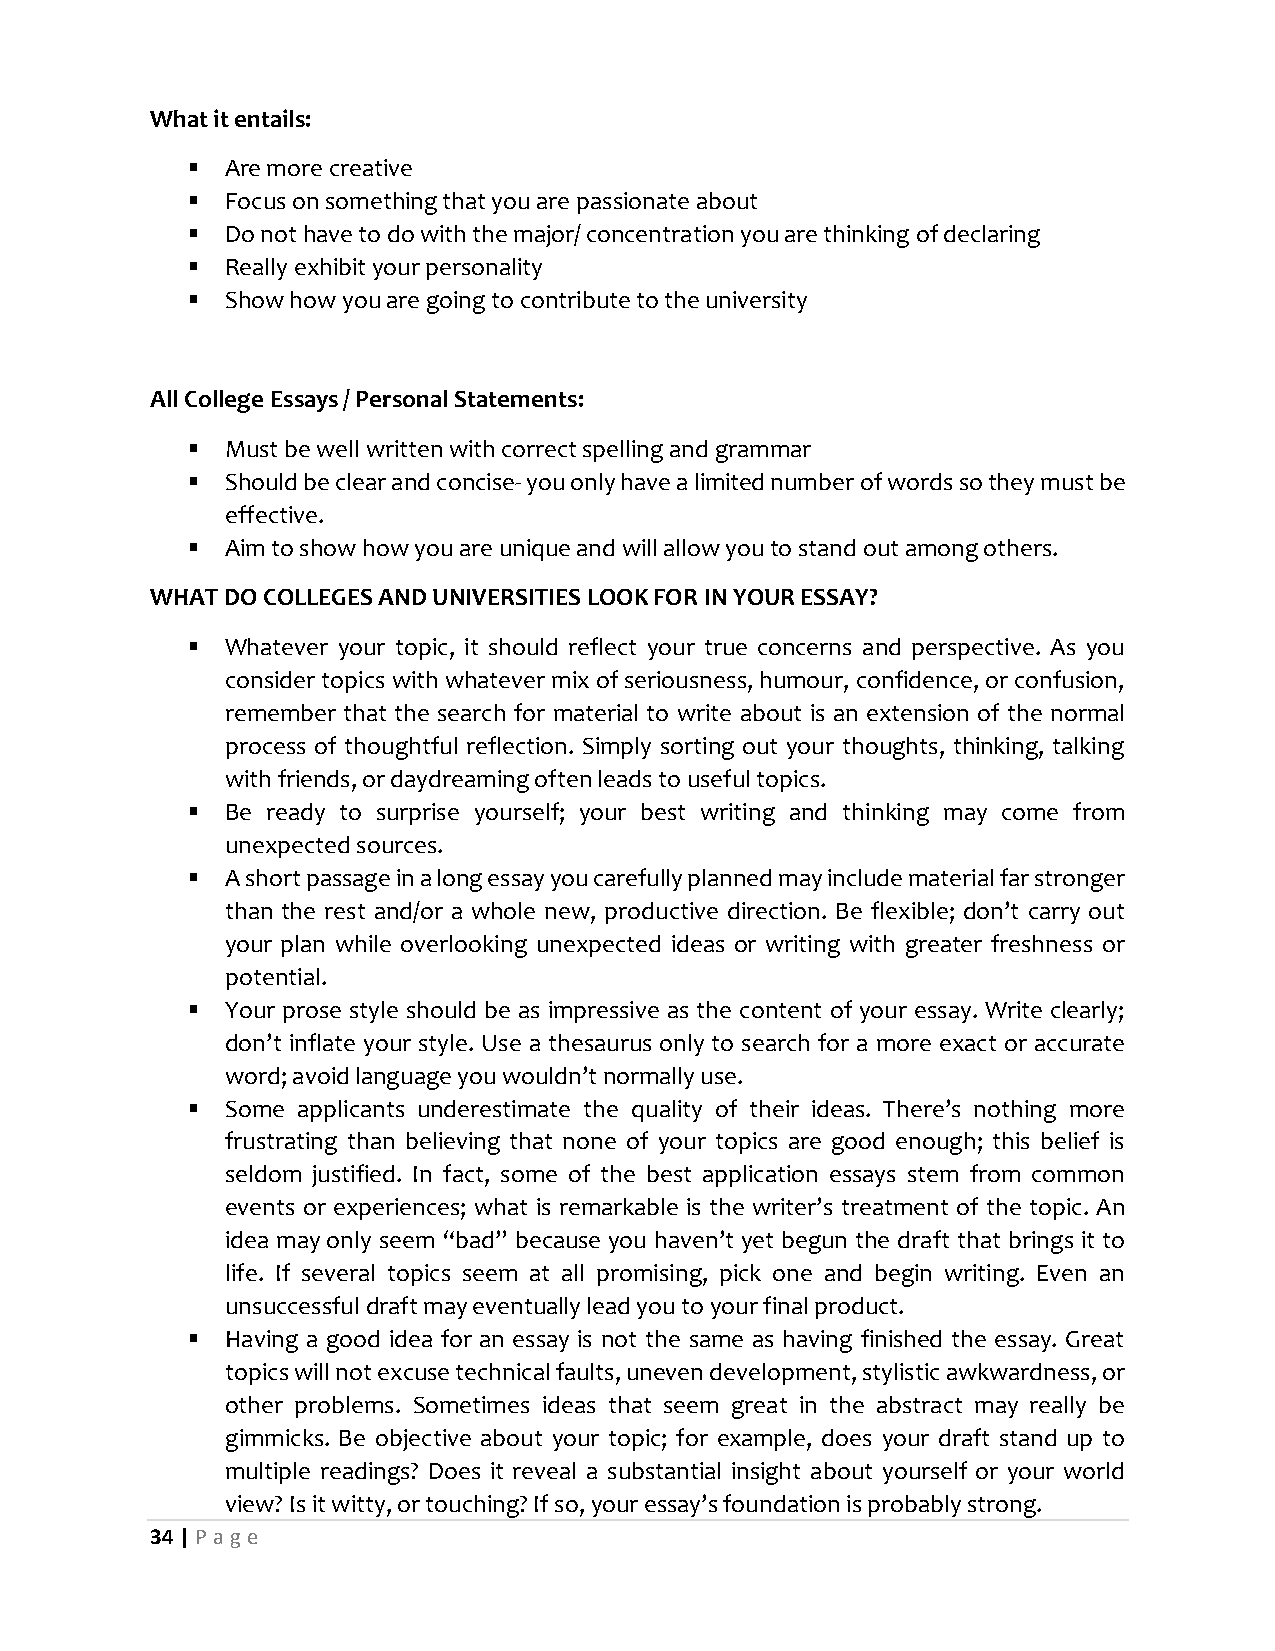
What it entails:
   Are more creative
   Focus on something that you are passionate about
   Do not have to do with the major/ concentration you are thinking of declaring
   Really exhibit your personality
   Show how you are going to contribute to the university
 All College Essays / Personal Statements:
   Must be well written with correct spelling and grammar
   Should be clear and concise- you only have a limited number of words so they must be
 effective.
   Aim to show how you are unique and will allow you to stand out among others.
 WHAT DO COLLEGES AND UNIVERSITIES LOOK FOR IN YOUR ESSAY?
   Whatever your topic, it should reflect your true concerns and perspective. As you
 consider topics with whatever mix of seriousness, humour, confidence, or confusion,
 remember that the search for material to write about is an extension of the normal
 process of thoughtful reflection. Simply sorting out your thoughts, thinking, talking
 with friends, or daydreaming often leads to useful topics.
   Be ready to surprise yourself; your best writing and thinking may come from
 unexpected sources.
   A short passage in a long essay you carefully planned may include material far stronger
 than the rest and/or a whole new, productive direction. Be flexible; don’t carry out
 your plan while overlooking unexpected ideas or writing with greater freshness or
 potential.
   Your prose style should be as impressive as the content of your essay. Write clearly;
 don’t inflate your style. Use a thesaurus only to search for a more exact or accurate
 word; avoid language you wouldn’t normally use.
   Some applicants underestimate the quality of their ideas. There’s nothing more
 frustrating than believing that none of your topics are good enough; this belief is
 seldom justified. In fact, some of the best application essays stem from common
 events or experiences; what is remarkable is the writer’s treatment of the topic. An
 idea may only seem “bad” because you haven’t yet begun the draft that brings it to
 life. If several topics seem at all promising, pick one and begin writing. Even an
 unsuccessful draft may eventually lead you to your final product.
   Having a good idea for an essay is not the same as having finished the essay. Great
 topics will not excuse technical faults, uneven development, stylistic awkwardness, or
 other problems. Sometimes ideas that seem great in the abstract may really be
 gimmicks. Be objective about your topic; for example, does your draft stand up to
 multiple readings? Does it reveal a substantial insight about yourself or your world
 view? Is it witty, or touching? If so, your essay’s foundation is probably strong.
 34 | P age